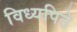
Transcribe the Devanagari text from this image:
विध्यपिठे